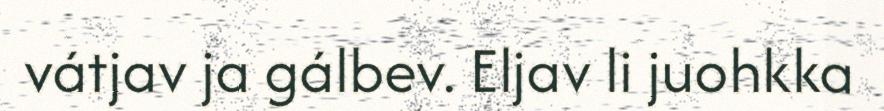
vátjav ja gálbev. Eljav li juohkka